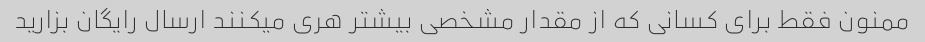
ممنون فقط برای کسانی که از مقدار مشخصی بیشتر هری میکنند ارسال رایگان بزارید